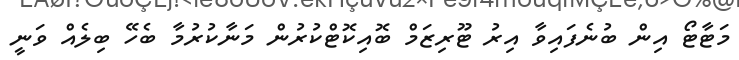
މަޓާޓޯ އިން ބުނެފައިވާ އިރު ޓޫރިޒަމް ބޮއިކޮޓްކުރުން މަނާކުރުމާ ބެހޭ ބިލެއް ވަނީ